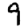
Digit: 9